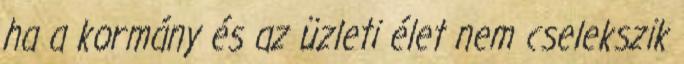
ha a kormány és az üzleti élet nem cselekszik